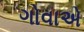
ગોવાએ